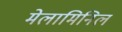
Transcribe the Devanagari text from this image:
मेलामिनिल